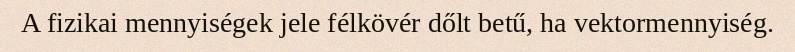
A fizikai mennyiségek jele félkövér dőlt betű, ha vektormennyiség.